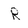
Character: R